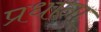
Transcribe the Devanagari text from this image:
प्रधाना